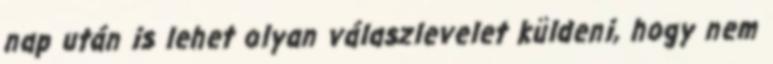
nap után is lehet olyan válaszlevelet küldeni, hogy nem